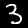
Digit: 3